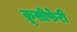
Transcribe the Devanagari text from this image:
क्रूसीफेरी